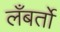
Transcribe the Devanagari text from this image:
लँबर्तो